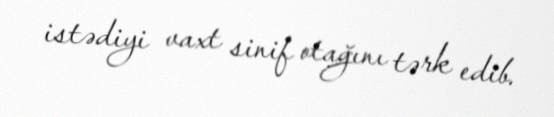
istədiyi vaxt sinif otağını tərk edib.